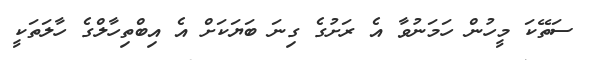
ސަތޭކަ މީހުން ހަމަނުވާ އެ ރަށުގެ ގިނަ ބަޔަކަށް އެ އިބްތިހާލްގެ ހާލަތަކީ